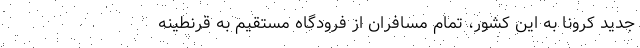
جدید کرونا به این کشور، تمام مسافران از فرودگاه مستقیم به قرنطینه